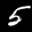
Label: 5